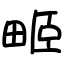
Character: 𤱻